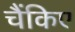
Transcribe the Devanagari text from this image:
चैंकिए